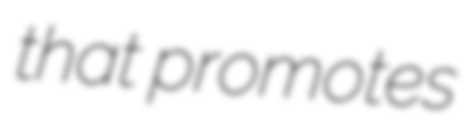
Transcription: that promotes